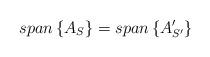
LaTeX: \begin{align*}span\left\{ A_S\right\} =span\left\{ A'_{S'}\right\}\end{align*}